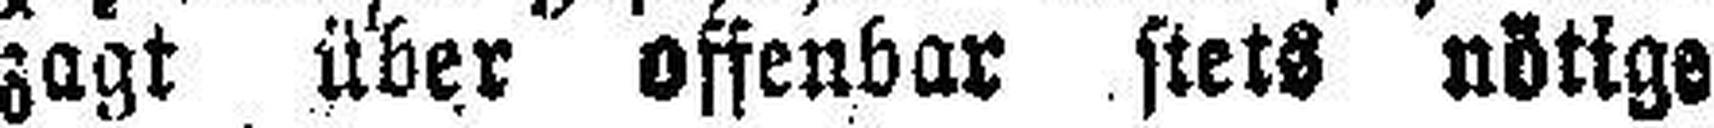
zagt über offenbar stets nötige